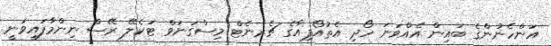
އަންހެނުންގެ ބައިން އެއްވަނަ ހޯދި އެތުއޯޕިއާގެ ޗެރނެޓް މިސްގަނަވް ޓަކެލޭ ރޭސް ނިންމާފައިވަނީ